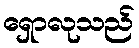
ရှောလုသည်